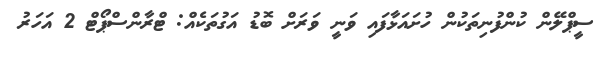
ސީޕްލޭން ކުންފުނިތަކުން ހުށައަޅާފައި ވަނީ ވަރަށް ބޮޑު އަގުތަކެއް: ޓްރާންސްޕޯޓް 2 އަހަރު